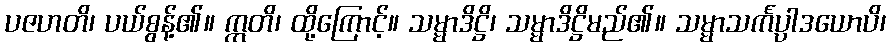
ပဇဟတိ၊ ပယ်စွန့်၏။ ဣတိ၊ ထို့ကြောင့်။ သမ္မာဒိဋ္ဌိ၊ သမ္မာဒိဋ္ဌိမည်၏။ သမ္မာသင်္ကပ္ပါဒယောပိ၊